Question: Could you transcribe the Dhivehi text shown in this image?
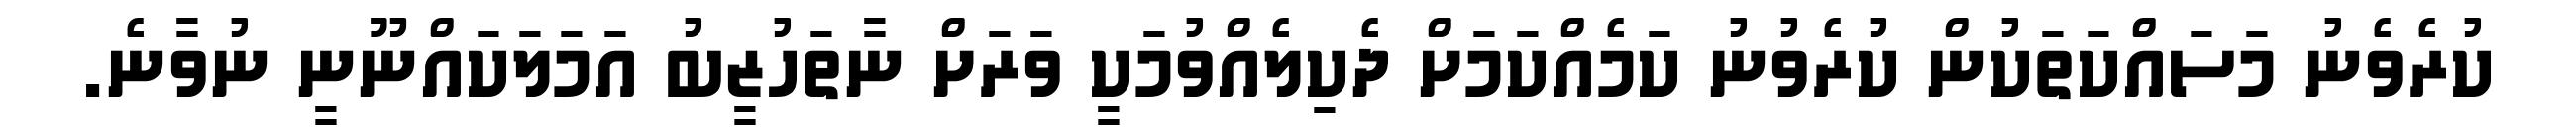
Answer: ކުރެވެނު މަސައްކަތަކުން ކުރެވުނު ކަމެއްކަމަށް ދެކިލެއްވުމަކީ ވަރަށް ނާތަހުޒީބު އަމަލަކައްނޫނީ ނުވާނެ.